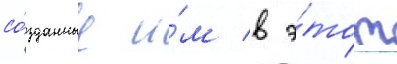
со́зданные и́м в э́тот